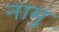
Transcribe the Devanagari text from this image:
नामु